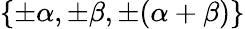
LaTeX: \{ \pm\alpha,\pm\beta,\pm(\alpha+\beta)\}